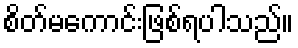
စိတ်မကောင်းဖြစ်ရပါသည်။